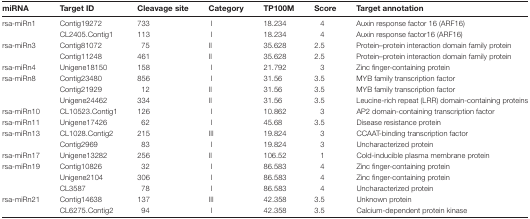
| miRNA | Target ID | Cleavage site | Category | TP100M | Score | Target annotation |
 | --- | --- | --- | --- | --- | --- | --- |
 | rsa-miRn1 | Contig19272 | 733 | I | 18.234 | 4 | Auxin response factor 16 (ARF16) |
 |  | CL2405.Contig1 | 113 | I | 18.234 | 4 | Auxin response factor16 (ARF16) |
 | rsa-miRn3 | Contig81072 | 75 | II | 35.628 | 2.5 | Protein–protein interaction domain family protein |
 |  | Contig11248 | 461 | II | 35.628 | 2.5 | Protein–protein interaction domain family protein |
 | rsa-miRn4 | Unigene18150 | 158 | I | 21.792 | 3 | Zinc finger-containing protein |
 | rsa-miRn8 | Contig23480 | 856 | I | 31.56 | 3.5 | MYB family transcription factor |
 |  | Contig21929 | 12 | II | 31.56 | 3.5 | MYB family transcription factor |
 |  | Unigene24462 | 334 | II | 31.56 | 3.5 | Leucine-rich repeat (LRR) domain-containing proteins |
 | rsa-miRn10 | CL10523.Contig1 | 126 | I | 10.862 | 3 | AP2 domain-containing transcription factor |
 | rsa-miRn11 | Unigene17426 | 62 | I | 45.68 | 3.5 | Disease resistance protein |
 | rsa-miRn13 | CL1028.Contig2 | 215 | III | 19.824 | 3 | CCAAT-binding transcription factor |
 |  | Contig2969 | 83 | I | 19.824 | 3 | Uncharacterized protein |
 | rsa-miRn17 | Unigene13282 | 256 | II | 106.52 | 1 | Cold-inducible plasma membrane protein |
 | rsa-miRn19 | Contig10826 | 32 | I | 86.583 | 4 | Zinc finger-containing protein |
 |  | Unigene2104 | 306 | I | 86.583 | 4 | Zinc finger-containing protein |
 |  | CL3587 | 78 | I | 86.583 | 4 | Uncharacterized protein |
 | rsa-miRn21 | Contig14638 | 137 | III | 42.358 | 3.5 | Unknown protein |
 |  | CL6275.Contig2 | 94 | I | 42.358 | 3.5 | Calcium-dependent protein kinase |